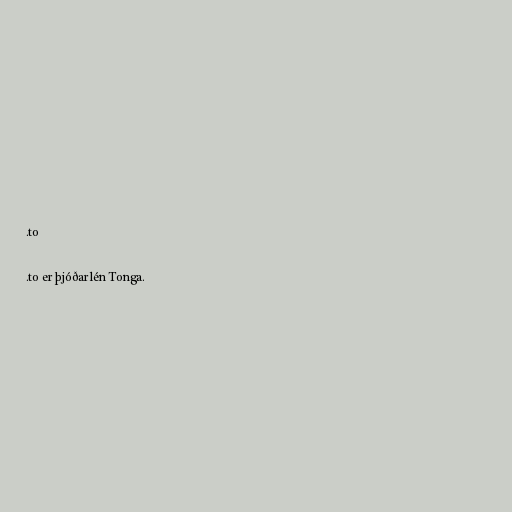
.to

.to er þjóðarlén Tonga.